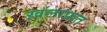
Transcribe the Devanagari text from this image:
ख़लाफ़त